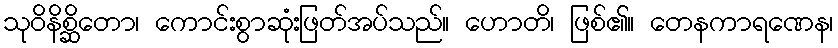
သုဝိနိစ္ဆိတော၊ ကောင်းစွာဆုံးဖြတ်အပ်သည်။ ဟောတိ၊ ဖြစ်၏။ တေနကာရဏေန၊